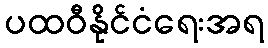
ပထဝီနိုင်ငံရေးအရ